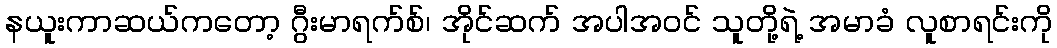
နယူးကာဆယ်ကတော့ ဂွီးမာရက်စ်၊ အိုင်ဆက် အပါအဝင် သူတို့ရဲ့ အမာခံ လူစာရင်းကို